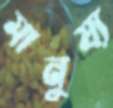
মানুষ্য